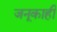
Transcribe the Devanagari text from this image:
जनूकाही